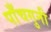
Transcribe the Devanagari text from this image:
पाँचगुनी